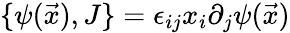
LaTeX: \{ \psi(\vec{x}),J\} =\epsilon_{ij}x_{i}\partial_{j}\psi(\vec{x})